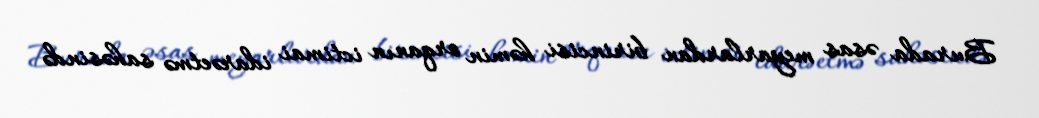
Burada əsas meyarlardan birincisi həmin orqanın ictimai idarəetmə sahəsində